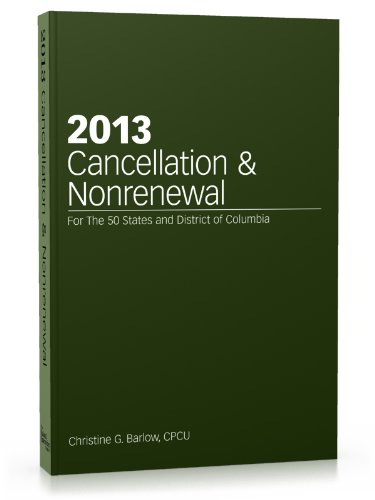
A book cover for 2013 Cancellation & Nonrenewal; Christine G. Barlow CPCU; Business & Money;